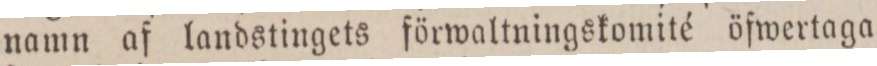
namn af landstingets förwaltningskomité öfwertaga